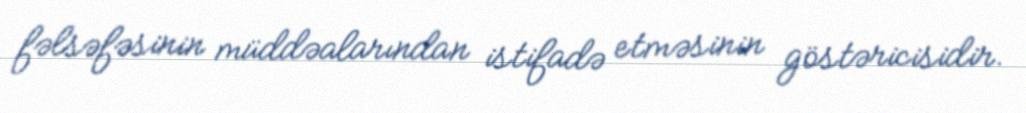
fəlsəfəsinin müddəalarından istifadə etməsinin göstəricisidir.